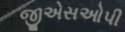
જીએસઓપી